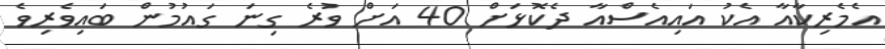
އެމެރިކާއާ އެކު އައިއެސްއާ ދެކޮޅަށް 40 އަށް ވުރެ ގިނަ ގައުމުން ބައިވެރިވެ